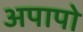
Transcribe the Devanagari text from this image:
अपापो